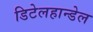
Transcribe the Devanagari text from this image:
डिटेलहान्डेल